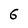
Character: 6